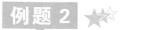
例题2